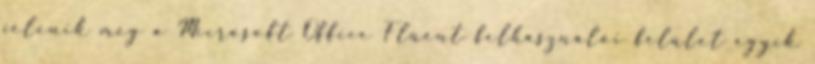
jelenik meg a Microsoft Office Fluent felhasználói felület egyik